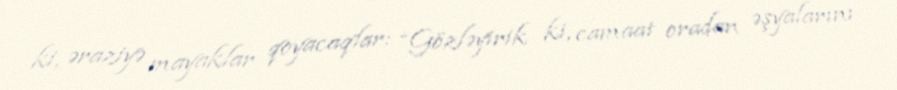
ki, əraziyə mayaklar qoyacaqlar: “Gözləyirik ki, camaat oradan əşyalarını